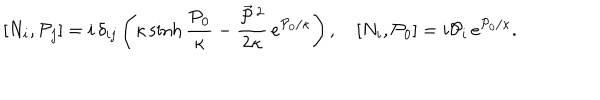
LaTeX: [ N _ { i } , { \cal P } _ { j } ] = i \, \delta _ { i j } \left( \kappa \sinh \frac { { \cal P } _ { 0 } } \kappa - \frac { \vec { { \cal P } } \, { } ^ { 2 } } { 2 \kappa } \, e ^ { { \cal P } _ { 0 } / \kappa } \right) , \quad [ N _ { i } , { \cal P } _ { 0 } ] = i { \cal P } _ { i } \, e ^ { { \cal P } _ { 0 } / \kappa } .